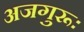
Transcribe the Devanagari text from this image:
अजगुरूः